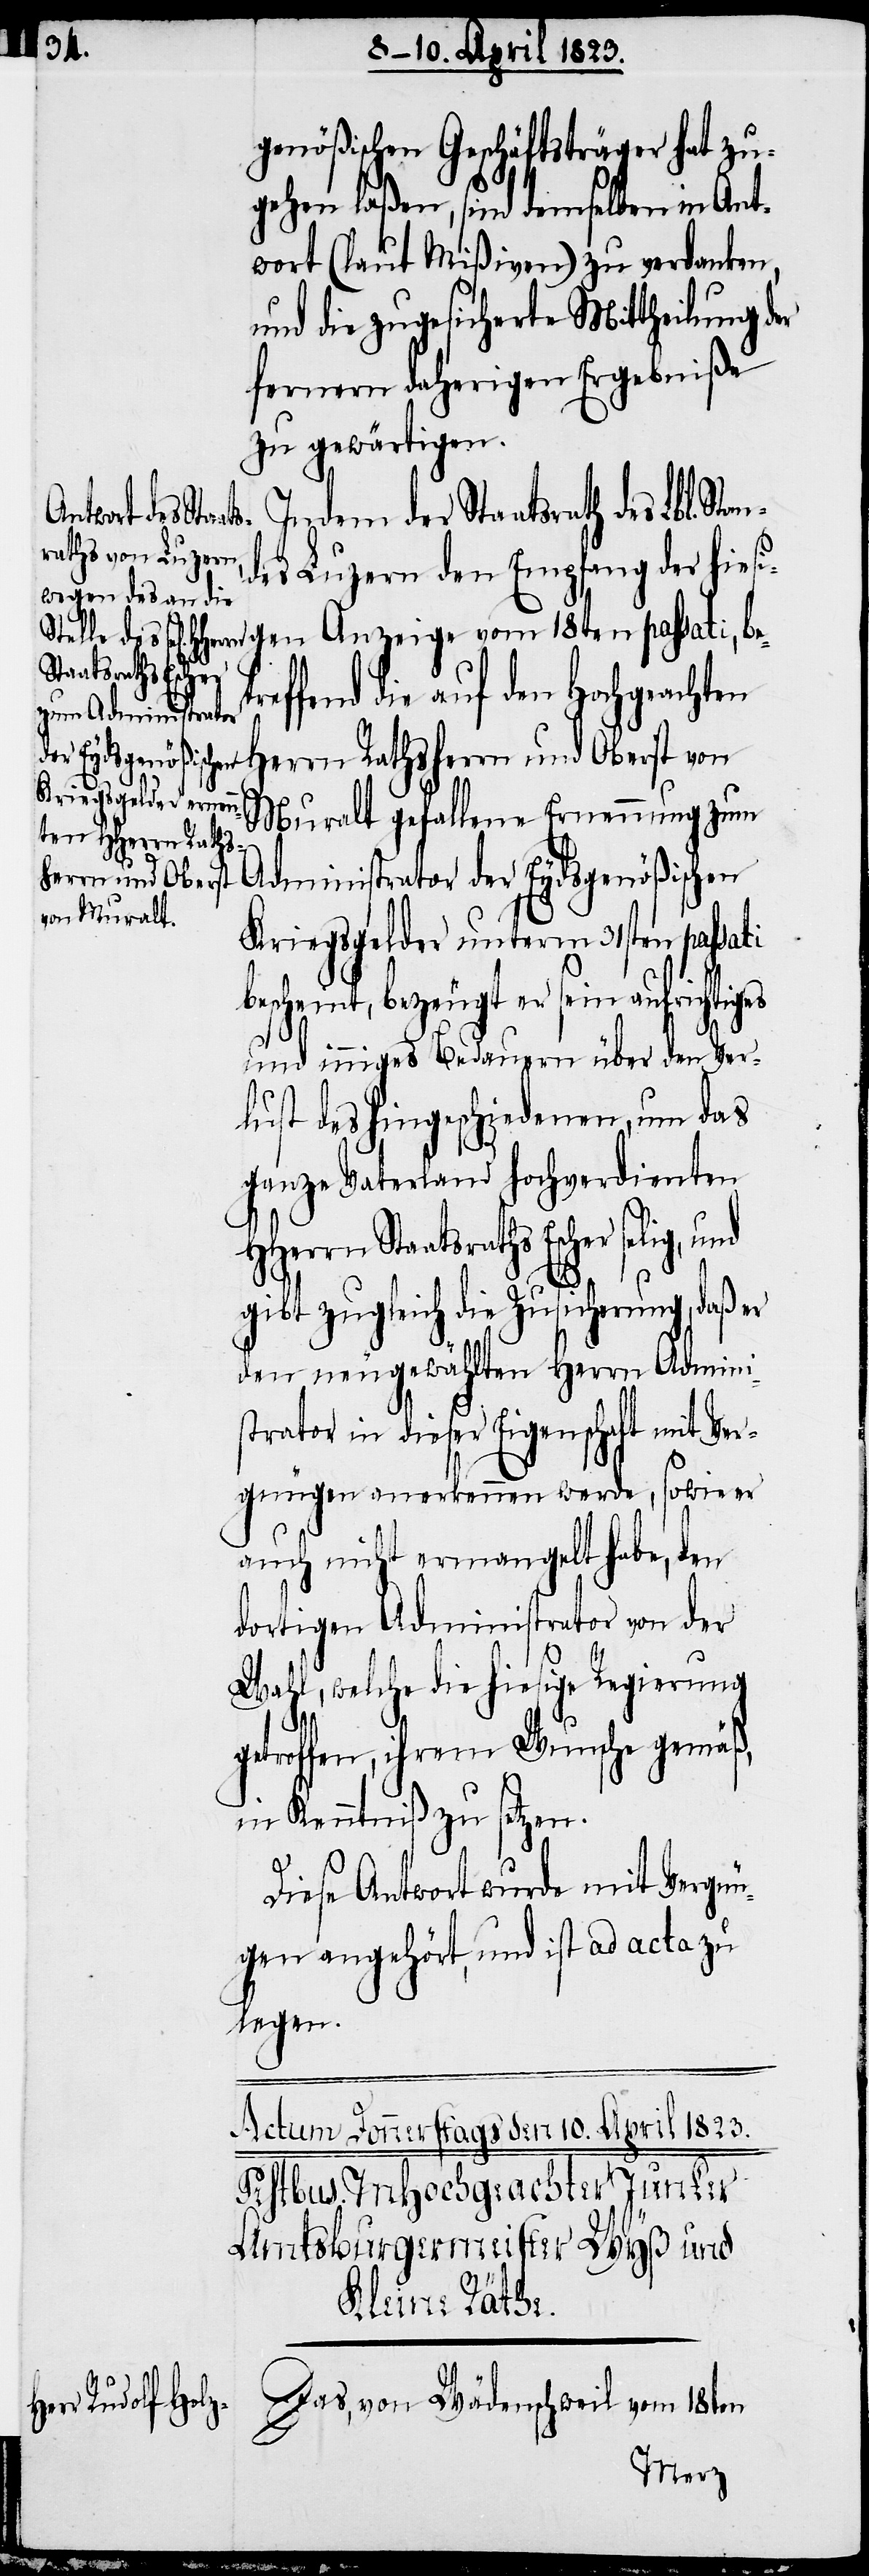
an¬
genößischen Geschäftsträger hat zu¬
gehen laßen, sind demselben in Ant¬
wort (laut Mißiven) zu verdanken,
und die zugesicherte Mittheilung der
fernern daherigen Ergebniße
zu gewärtigen.
Indem der Staatsrath des Lbl. St¬
des Luzern den Empfang der hies¬
Staatsraths Escher
effend die auf den Hochgeacht¬
Muralt gefallene Ernennung zum
en Herrn Raths¬
Administrator der Eydsgenößischen
herrn und Oberst
Kriegsgelder unterm 31sten passati
bescheint, bezeugt er sein aufrichtig¬
und inniges Bedauern über den Ver¬
lust des hingeschiedenen, um das
ganze Vaterland hochverdienten
gibt zugleich die Zusicherung, daß er
den neugewählten Herrn Admini¬
strator in dieser Eigenschaft mit Ver¬
gnügen anerkennen werde, sowie er
auch nicht ermangelt habe, den
dortigen Administrator von der
Wahl, welche die hiesige Regierung
getroffen, ihrem Wunsche gemäß¸i¬
n Kenntniß zu setzen.
Diese Antwort wurde mit Vergnü¬
gen angehört, und ist ad acta zu
legen.
Das, von Wädenschweil vom 18ten
passati, betr¬
es